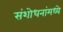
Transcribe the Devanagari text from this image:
संशोधनांमध्ये